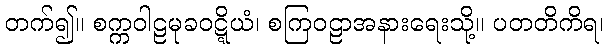
တက်၍။ စက္ကဝါဠမုခဝဋ္ဋိယံ၊ စကြဝဠာအနားရေးသို့။ ပတတိကိရ၊